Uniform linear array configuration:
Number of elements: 12
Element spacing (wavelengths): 0.25
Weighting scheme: hamming
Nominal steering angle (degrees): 30
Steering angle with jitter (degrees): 28.829
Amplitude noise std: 0.05
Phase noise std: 0.05

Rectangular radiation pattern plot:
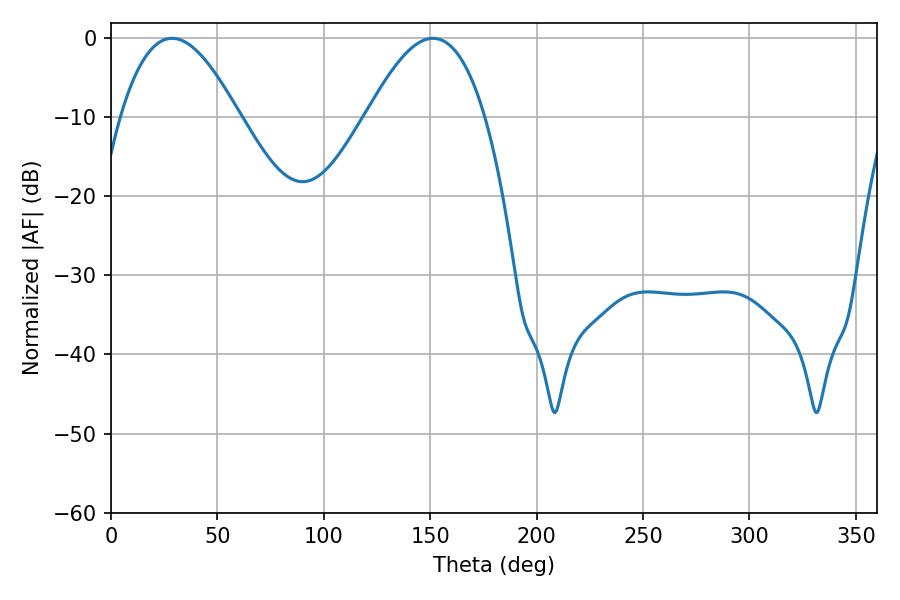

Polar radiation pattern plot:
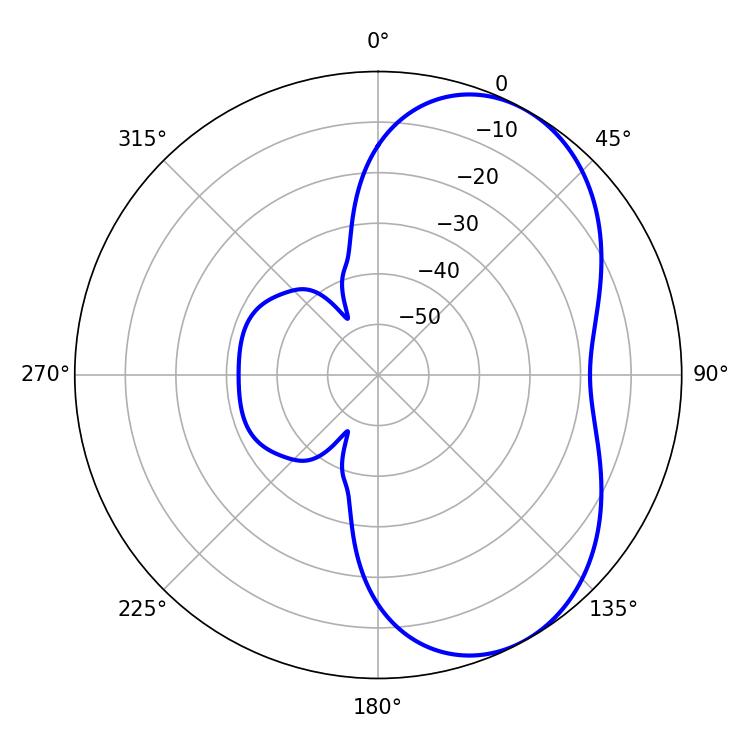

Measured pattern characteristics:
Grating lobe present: FALSE
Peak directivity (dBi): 5.3
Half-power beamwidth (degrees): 30.24
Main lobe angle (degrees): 28.62